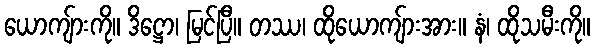
ယောကျ်ားကို။ ဒိဋ္ဌော၊ မြင်ပြီ။ တဿ၊ ထိုယောကျ်ားအား။ နံ၊ ထိုသမီးကို။